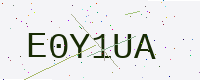
Text: E0Y1UA